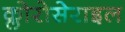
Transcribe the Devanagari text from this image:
क्लोरोसेराइल